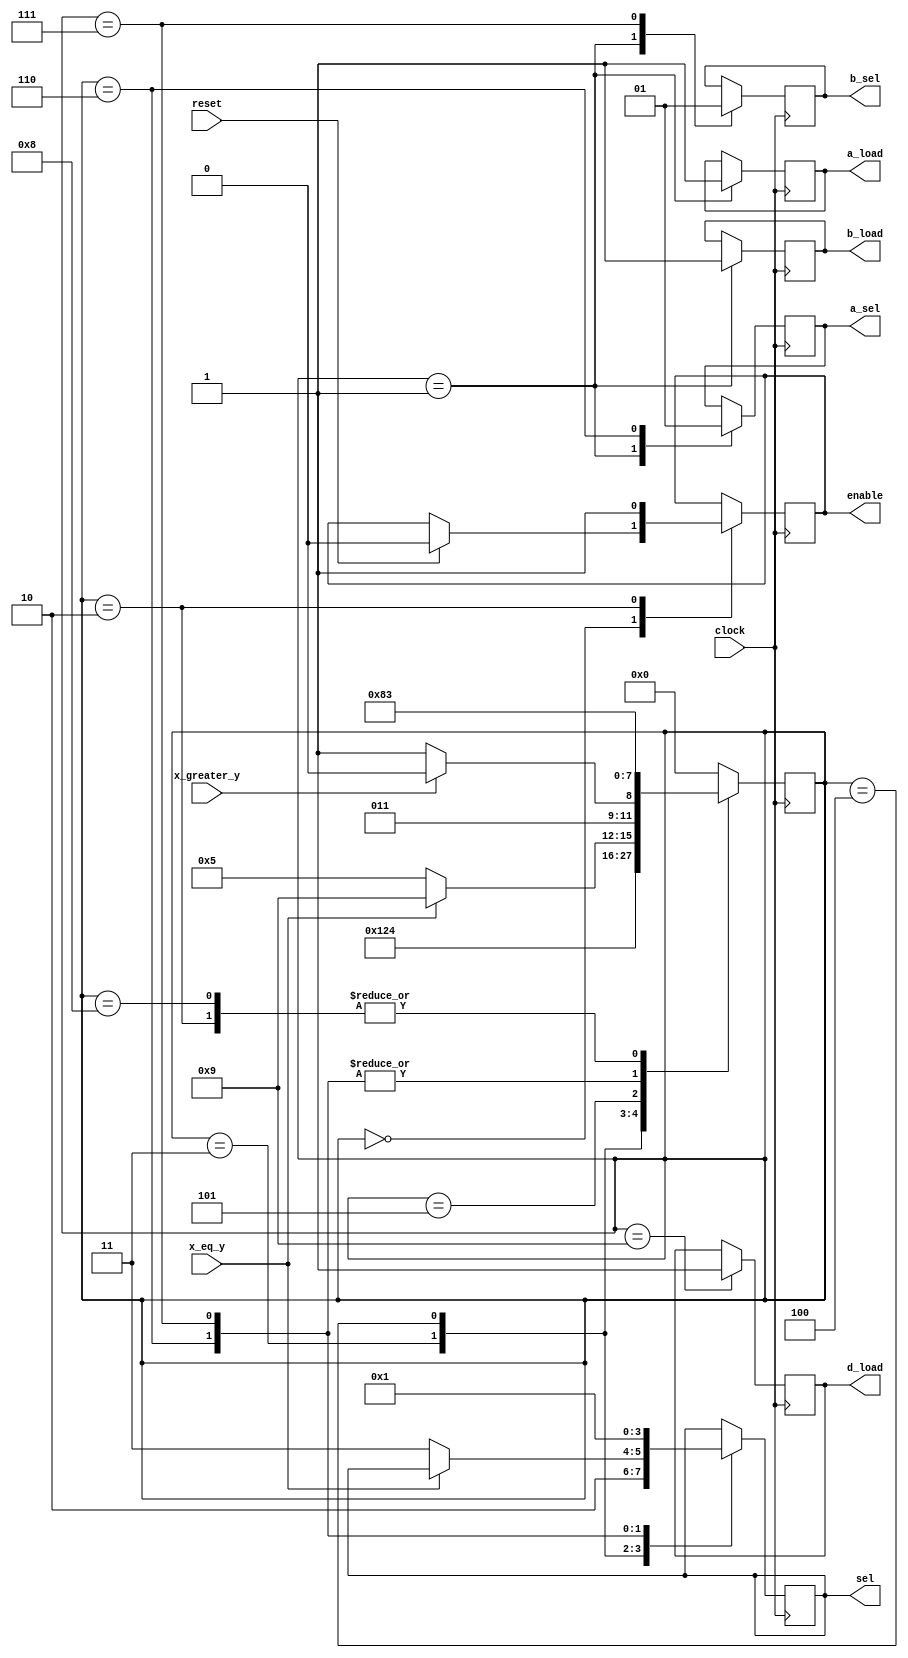
`timescale 1ns / 1ps

module CONTROLLER(x_eq_y,x_greater_y,reset,clock,enable,sel,a_sel,b_sel,a_load,
b_load,d_load);

input reset;
input x_eq_y;
input x_greater_y;
input clock;

output reg enable;
output reg [1:0] sel;
output reg a_sel,b_sel;
output reg a_load,b_load;
output reg d_load;

reg [3:0] state;
parameter S0 = 4'b0000,
          S1 = 4'b0001,
          S2 = 4'b0010,
          S3 = 4'b0011,
          S4 = 4'b0100,
          S5 = 4'b0101,
          S6 = 4'b0110,
          S7 = 4'b0111,
          S8 = 4'b1000,
          S9 = 4'b1001;
          
always @(posedge clock )  //or  posedge reset
begin
      case (state)
      
      S0: begin
            if(reset)
            begin
                $display("State 0");
                enable <= 0;
                state <= S0;end
            else
                $display("State 0");
                state <= S1;
          end
      S1: begin
          $display("State 1");
          a_sel <= 0; b_sel<=0; a_load<=1; b_load<=1;
          state <= S2;
          end
      S2: begin 
          $display("State 2");
          enable <= 1;
          state <= S3;
          end
      S3: begin
          $display("State 3");
          sel <= 2'b10;
          state <= S4;
          end
      S4: begin
          if(x_eq_y)begin        //probematic statement
          $display("State 4");
          state <= S9;end
          else
          begin
          $display("State 4");
          sel <= 2'b11;
          state <= S5;end
          end
      S5: begin
          if(x_greater_y)
          begin
          state = S6;$display("State 5");end
          else
          begin
          state = S7;$display("State 5");end
          end
      S6: begin   //x = x-y
          sel = 2'b00;
          a_sel =1;
          state = S8;
          $display("State 6");
          end
      S7: begin   //y = y-x
          sel = 2'b01;
          b_sel =1;
          state = S8;
          $display("State 7");
          end
      S8: begin
          state = S3; 
          $display("State 8");
          end
      S9: begin
          d_load <= 1;
          $display("State 9");
          //enable <= 0;
          state <= S0;
          end
      default: state <= S0;
      
      endcase
      
end
endmodule